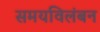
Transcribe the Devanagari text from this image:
समयविलंबन